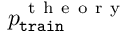
p _ { \mathtt { t r a i n } } ^ { \mathrm { ~ t ~ h ~ e ~ o ~ r ~ y ~ } }